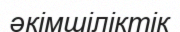
әкімшіліктік